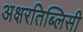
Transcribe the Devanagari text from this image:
अक्षरतिब्लिसी